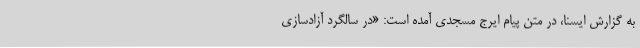
به گزارش ایسنا، در متن پیام ایرج مسجدی آمده است: «در سالگرد آزادسازی